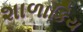
શાળાકિય